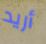
أريد